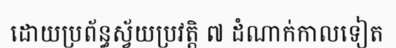
ដោយប្រព័ន្ធស្វ័យប្រវត្តិ ៧ ដំណាក់កាលទៀត